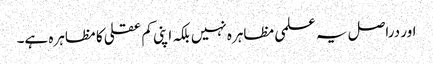
اور دراصل یہ علمی مظاہرہ نہیں بلکہ اپنی کم عقلی کا مظاہرہ ہے۔